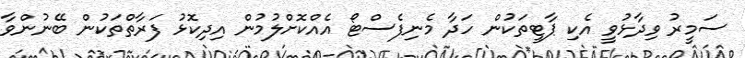
ސަމީރު ވިދާޅުވީ އެކި ޕާޓީތަކުން ހަދާ މެނިފެސްޓޯ އެއްކޮށްލުމުން އިދިކޮޅު ފަރާތްތަކުން ބޭނުންވާ